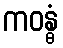
ကဝန္ဓံ